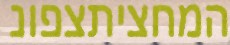
המחציתצפונ